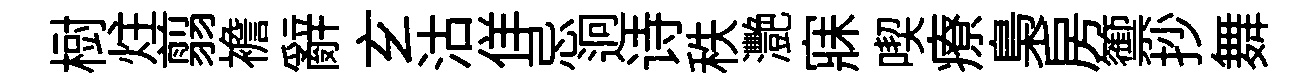
𣗳炷翦襜辭𤣥沽佯忌迥诗秩灧寐喫療梟房籞抄舞